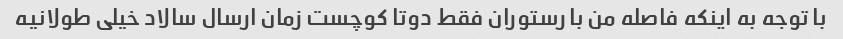
با توجه به اینکه فاصله من با رستوران فقط دوتا کوچست زمان ارسال سالاد خیلی طولانیه